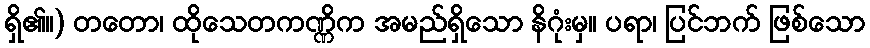
ရှိ၏။) တတော၊ ထိုသေတကဏ္ဏိက အမည်ရှိသော နိဂုံးမှ။ ပရာ၊ ပြင်ဘက် ဖြစ်သော